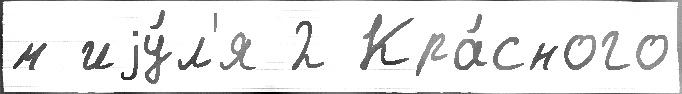
м иjу́л'я 2 Кра́сного